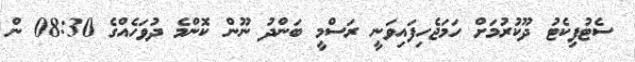
ސެޓުފިކެޓު ދޫކުރުމަށް ހަމަޖެހިފައިވަނީ ރަސްމީ ބަންދު ނޫން ކޮންމެ ދުވަހެއްގެ 08:30 ން